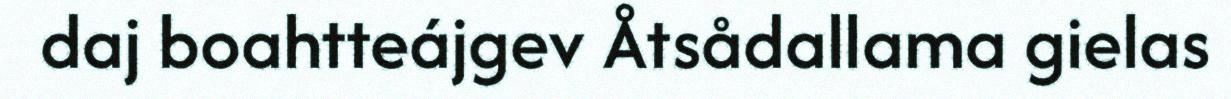
daj boahtteájgev Åtsådallama gielas